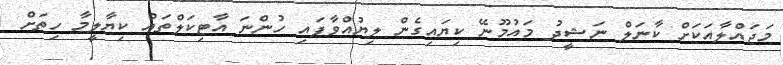
މަޖައްލާއަކަށް ކާނަލް ނަޝީދު މައުމޫނޭ ކިޔައިގެން ލިޔުއްވާފައި ހުންނަ އާޓިކަލްތައް ކިޔާލީމާ ހިތަށް